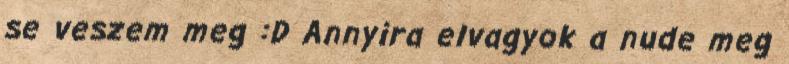
se veszem meg :D Annyira elvagyok a nude meg